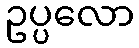
ဥပ္ပလော